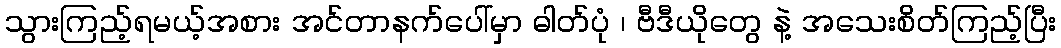
သွားကြည့်ရမယ့်အစား အင်တာနက်ပေါ်မှာ ဓါတ်ပုံ ၊ ဗီဒီယိုတွေ နဲ့ အသေးစိတ်ကြည့်ပြီး